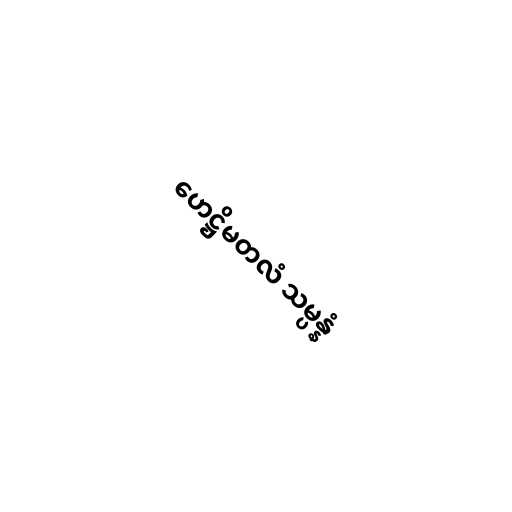
ဟေဋ္ဌိမတလံ သမ္ပန္နံ